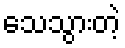
သေသွားတဲ့